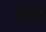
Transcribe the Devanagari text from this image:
झरवेरी